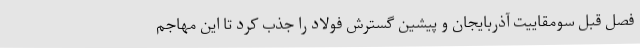
فصل قبل سومقاییت آذربایجان و پیشین گسترش فولاد را جذب کرد تا این مهاجم